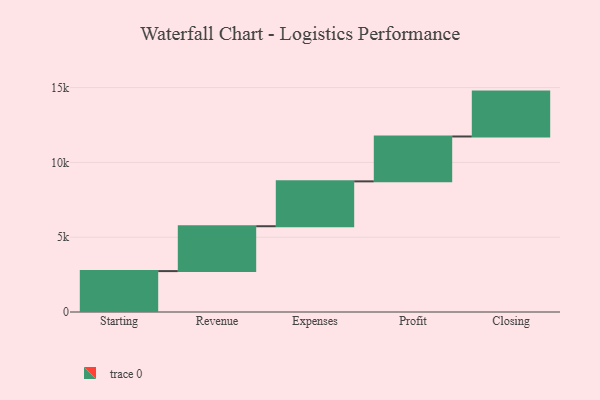
{"axis": {"x": "Step", "y": "Value"}, "legend": [""], "data": [{"x": "Starting", "y": 2734.0, "type": ""}, {"x": "Revenue", "y": 3000, "type": ""}, {"x": "Expenses", "y": 3000, "type": ""}, {"x": "Profit", "y": 3000, "type": ""}, {"x": "Closing", "y": 3000, "type": ""}]}